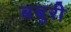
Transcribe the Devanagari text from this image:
बबुरी